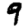
Digit: 9